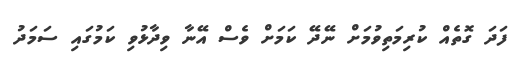
ފަދަ ގޮތެެއް ކުރިމަތިވުމަށް ނޭދޭ ކަމަށް ވެސް އޭނާ ވިދާޅުވި ކަމުގައި ސަމަދު